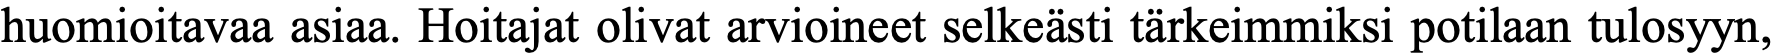
huomioitavaa asiaa. Hoitajat olivat arvioineet selkeästi tärkeimmiksi potilaan tulosyyn,